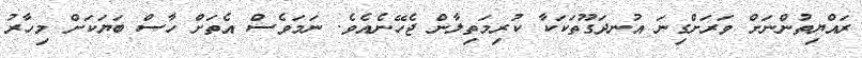
ރައްޔިތުންނަށް ވަރަށްގިނަ އުނދަގޫތަކަކާ ކުރިމަތިލާން ޖެހޭނެއެވެ. ނަމަވެސް އެތަށް ހާސް ބަޔަކަށް މިހާރު